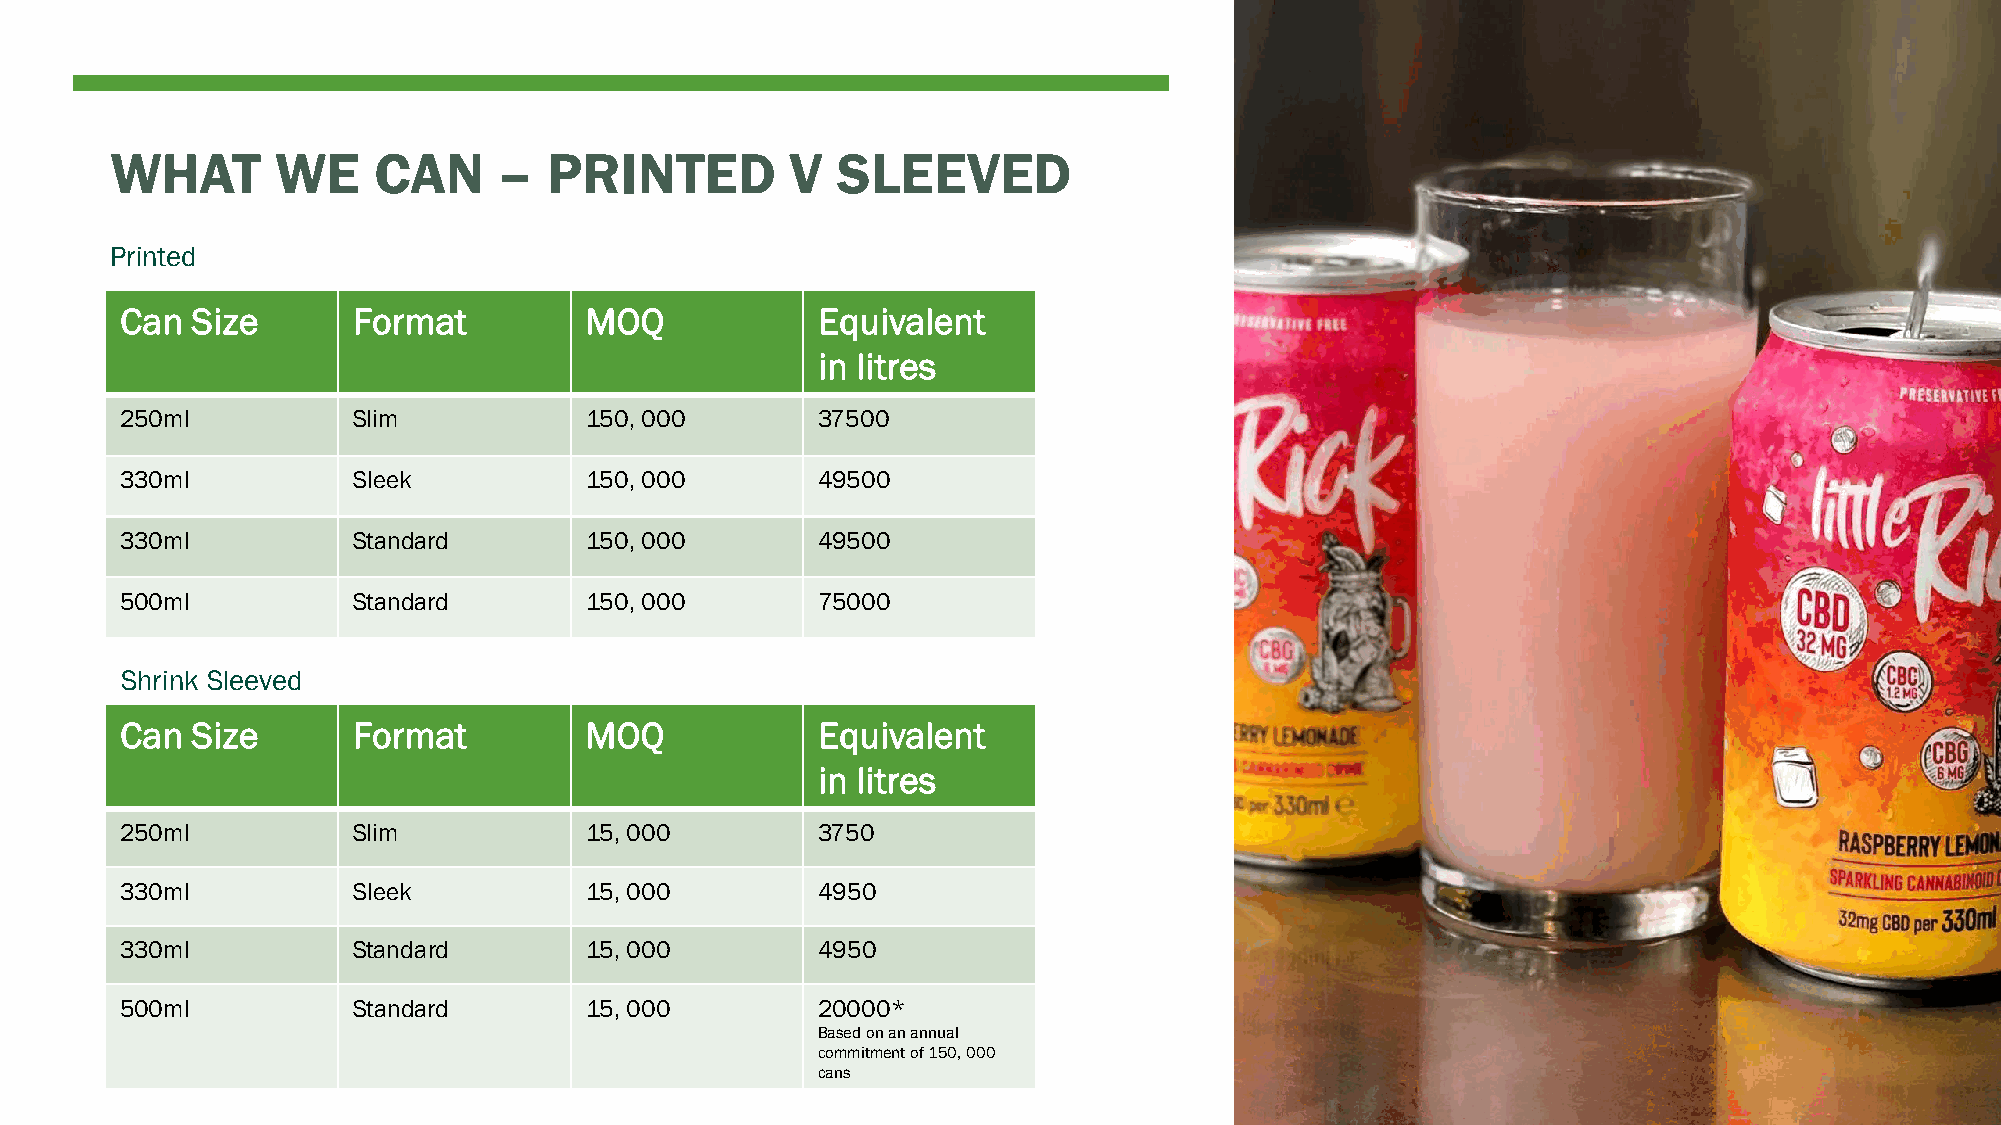
WHAT       WE     CAN     –  PRINTED         V  SLEEVED
 Printed
 Can  Size      Format          MOQ            Equivalent
 in litres
 250ml          Slim            150, 000       37500
 330ml          Sleek           150, 000       49500
 330ml          Standard        150, 000       49500
 500ml          Standard        150, 000       75000
 Shrink Sleeved
 Can  Size      Format          MOQ            Equivalent
 in litres
 250ml          Slim            15, 000        3750
 330ml          Sleek           15, 000        4950
 330ml          Standard        15, 000        4950
 500ml          Standard        15, 000        20000*
 Based on an annual
 commitment of 150, 000
 cans